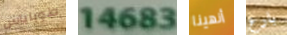
طوباياس 14683 أنهينا بارع